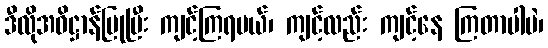
ဒီလိုအဓိဋ္ဌာန်ပြုပြီး ကျင့်ကြရမယ်၊ ကျင့်လည်း ကျင့်နေ ကြတာပါပဲ၊